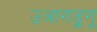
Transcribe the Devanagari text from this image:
उआगडूगू